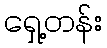
ရှေ့တန်း